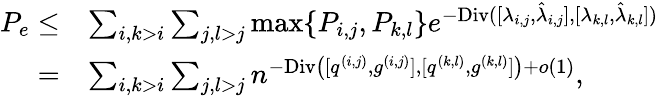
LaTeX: \begin{array}{rl}{P_{e}\leq}&{\sum_{i,k>i}\sum_{j,l>j}\operatorname*{max}\{ P_{i,j},P_{k,l}\} e^{-\textup{Div}([{\lambda_{i,j}},{\hat{\lambda}_{i,j}}],[{\lambda_{k,l}},{\hat{\lambda}_{k,l}}])}}\\ {=}&{\sum_{i,k>i}\sum_{j,l>j}n^{-\textup{Div}\big([{q^{(i,j)}},{g^{(i,j)}}],[{q^{(k,l)}},{g^{(k,l)}}]\big)+o(1)},}\end{array}